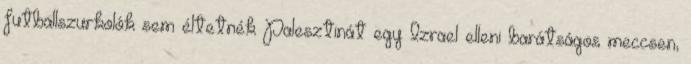
futballszurkolók sem éltetnék Palesztinát egy Izrael elleni barátságos meccsen,